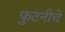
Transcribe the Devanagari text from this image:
फुटनीचे